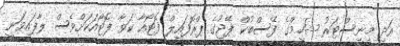
އަދި މިނިސްޓަރު ޝަހީމްގެ ފޭސްބުކް ޕޭޖުގެ ޕްރޮފައިލް ފޮޓޯއާ ކަވާ ފޮޓޯއަކަށްވެސް ލާފައިވަނީ